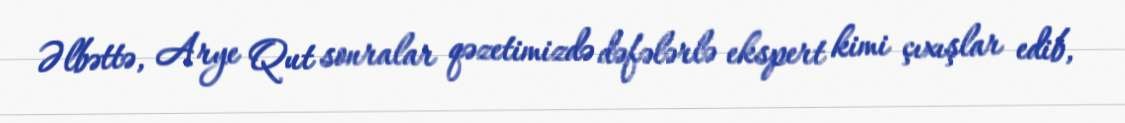
Əlbəttə, Arye Qut sonralar qəzetimizdə dəfələrlə ekspert kimi çıxışlar edib,